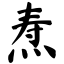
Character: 焘